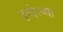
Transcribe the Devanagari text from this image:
इगोरच्या